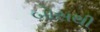
બોસથી